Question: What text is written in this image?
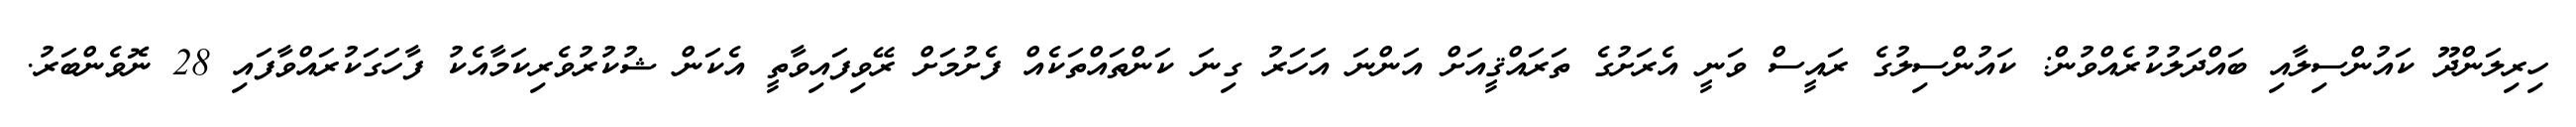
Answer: ހިރިލަންދޫ ކައުންސިލާއި ބައްދަލުކުރެއްވުން: ކައުންސިލުގެ ރައީސް ވަނީ އެރަށުގެ ތަރައްޤީއަށް އަންނަ އަހަރު ގިނަ ކަންތައްތަކެއް ފެށުމަށް ރޭވިފައިވާތީ އެކަން ޝުކުރުވެރިކަމާއެކު ފާހަގަކުރައްވާފައި 28 ނޮވެންބަރު.